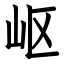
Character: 岖